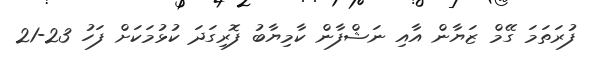
ފުރަތަމަ ގޭމް ޒަޔާން އާއި ނަޝްފާން ކާމިޔާބު ފޮރިގަދަ ކުޅުމަކަށް ފަހު 23-21